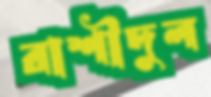
রাশীদুল